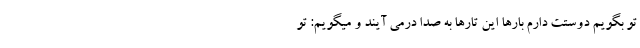
تو بگویم دوستت دارم بارها این تارها به صدا درمی آیند و میگویم: تو